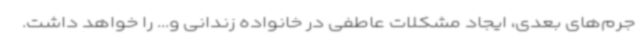
جرم‌های بعدی، ایجاد مشکلات عاطفی در خانواده زندانی و... را خواهد داشت.